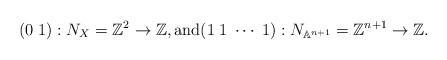
LaTeX: \begin{align*}(0\; 1):N_X=\mathbb Z^2\to \mathbb Z,\mbox{and} (1\; 1\; \cdots \; 1) : N_{\mathbb A^{n+1}}=\mathbb Z^{n+1}\to \mathbb Z.\end{align*}